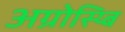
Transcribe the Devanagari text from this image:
अग्रोस्य्बि